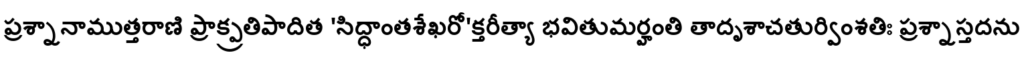
ప్రశ్నానాముత్తరాణి ప్రాక్ప్రతిపాదిత 'సిద్ధాంతశేఖరో'క్తరీత్యా భవితుమర్హంతి తాదృశాచతుర్వింశతిః ప్రశ్నాస్తదను